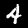
Digit: 4